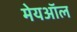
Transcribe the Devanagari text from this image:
मेयऑल